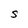
Character: S